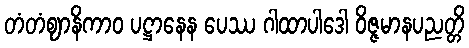
တံတံဈာနိကာဝ ပဋ္ဌာနေန ပေဿ ဂါထာပါဒေါ ဝိဇ္ဇမာနပညတ္တိ